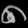
Digit: ၈